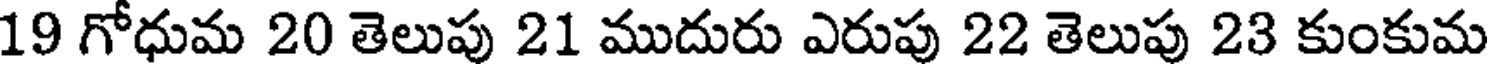
19 గోధుమ 20 తెలుపు 21 ముదురు ఎరుపు 22 తెలుపు 23 కుంకుమ